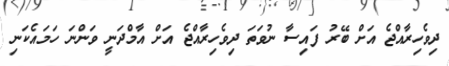
ދިވެހިރާއްޖެ އަށް ބޭރު ފައިސާ ނުވަތަ ދިވެހިރާއްޖެ އަށް އާމްދަނީ ވަންނަ ހަމައެކަނި